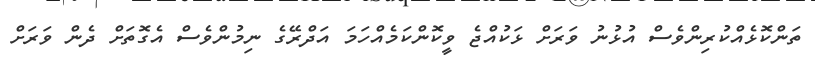
ތަންކޮޅެއްކުރިންވެސް އުޅުނު ވަރަށް ޅަކުއްޖެ ވީކޮންކަމެއްހަމަ އަދްރޭގެ ނިމުންވެސް އެގޮތަށް ދެން ވަރަށް